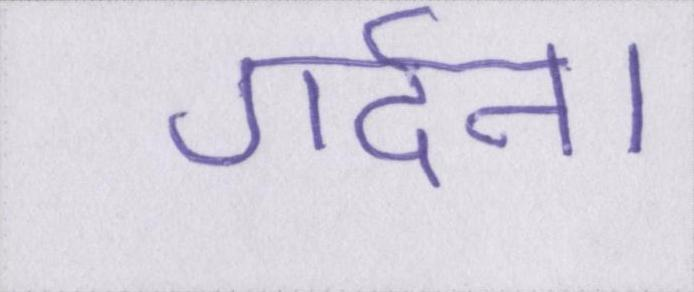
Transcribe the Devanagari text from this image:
गर्दन।